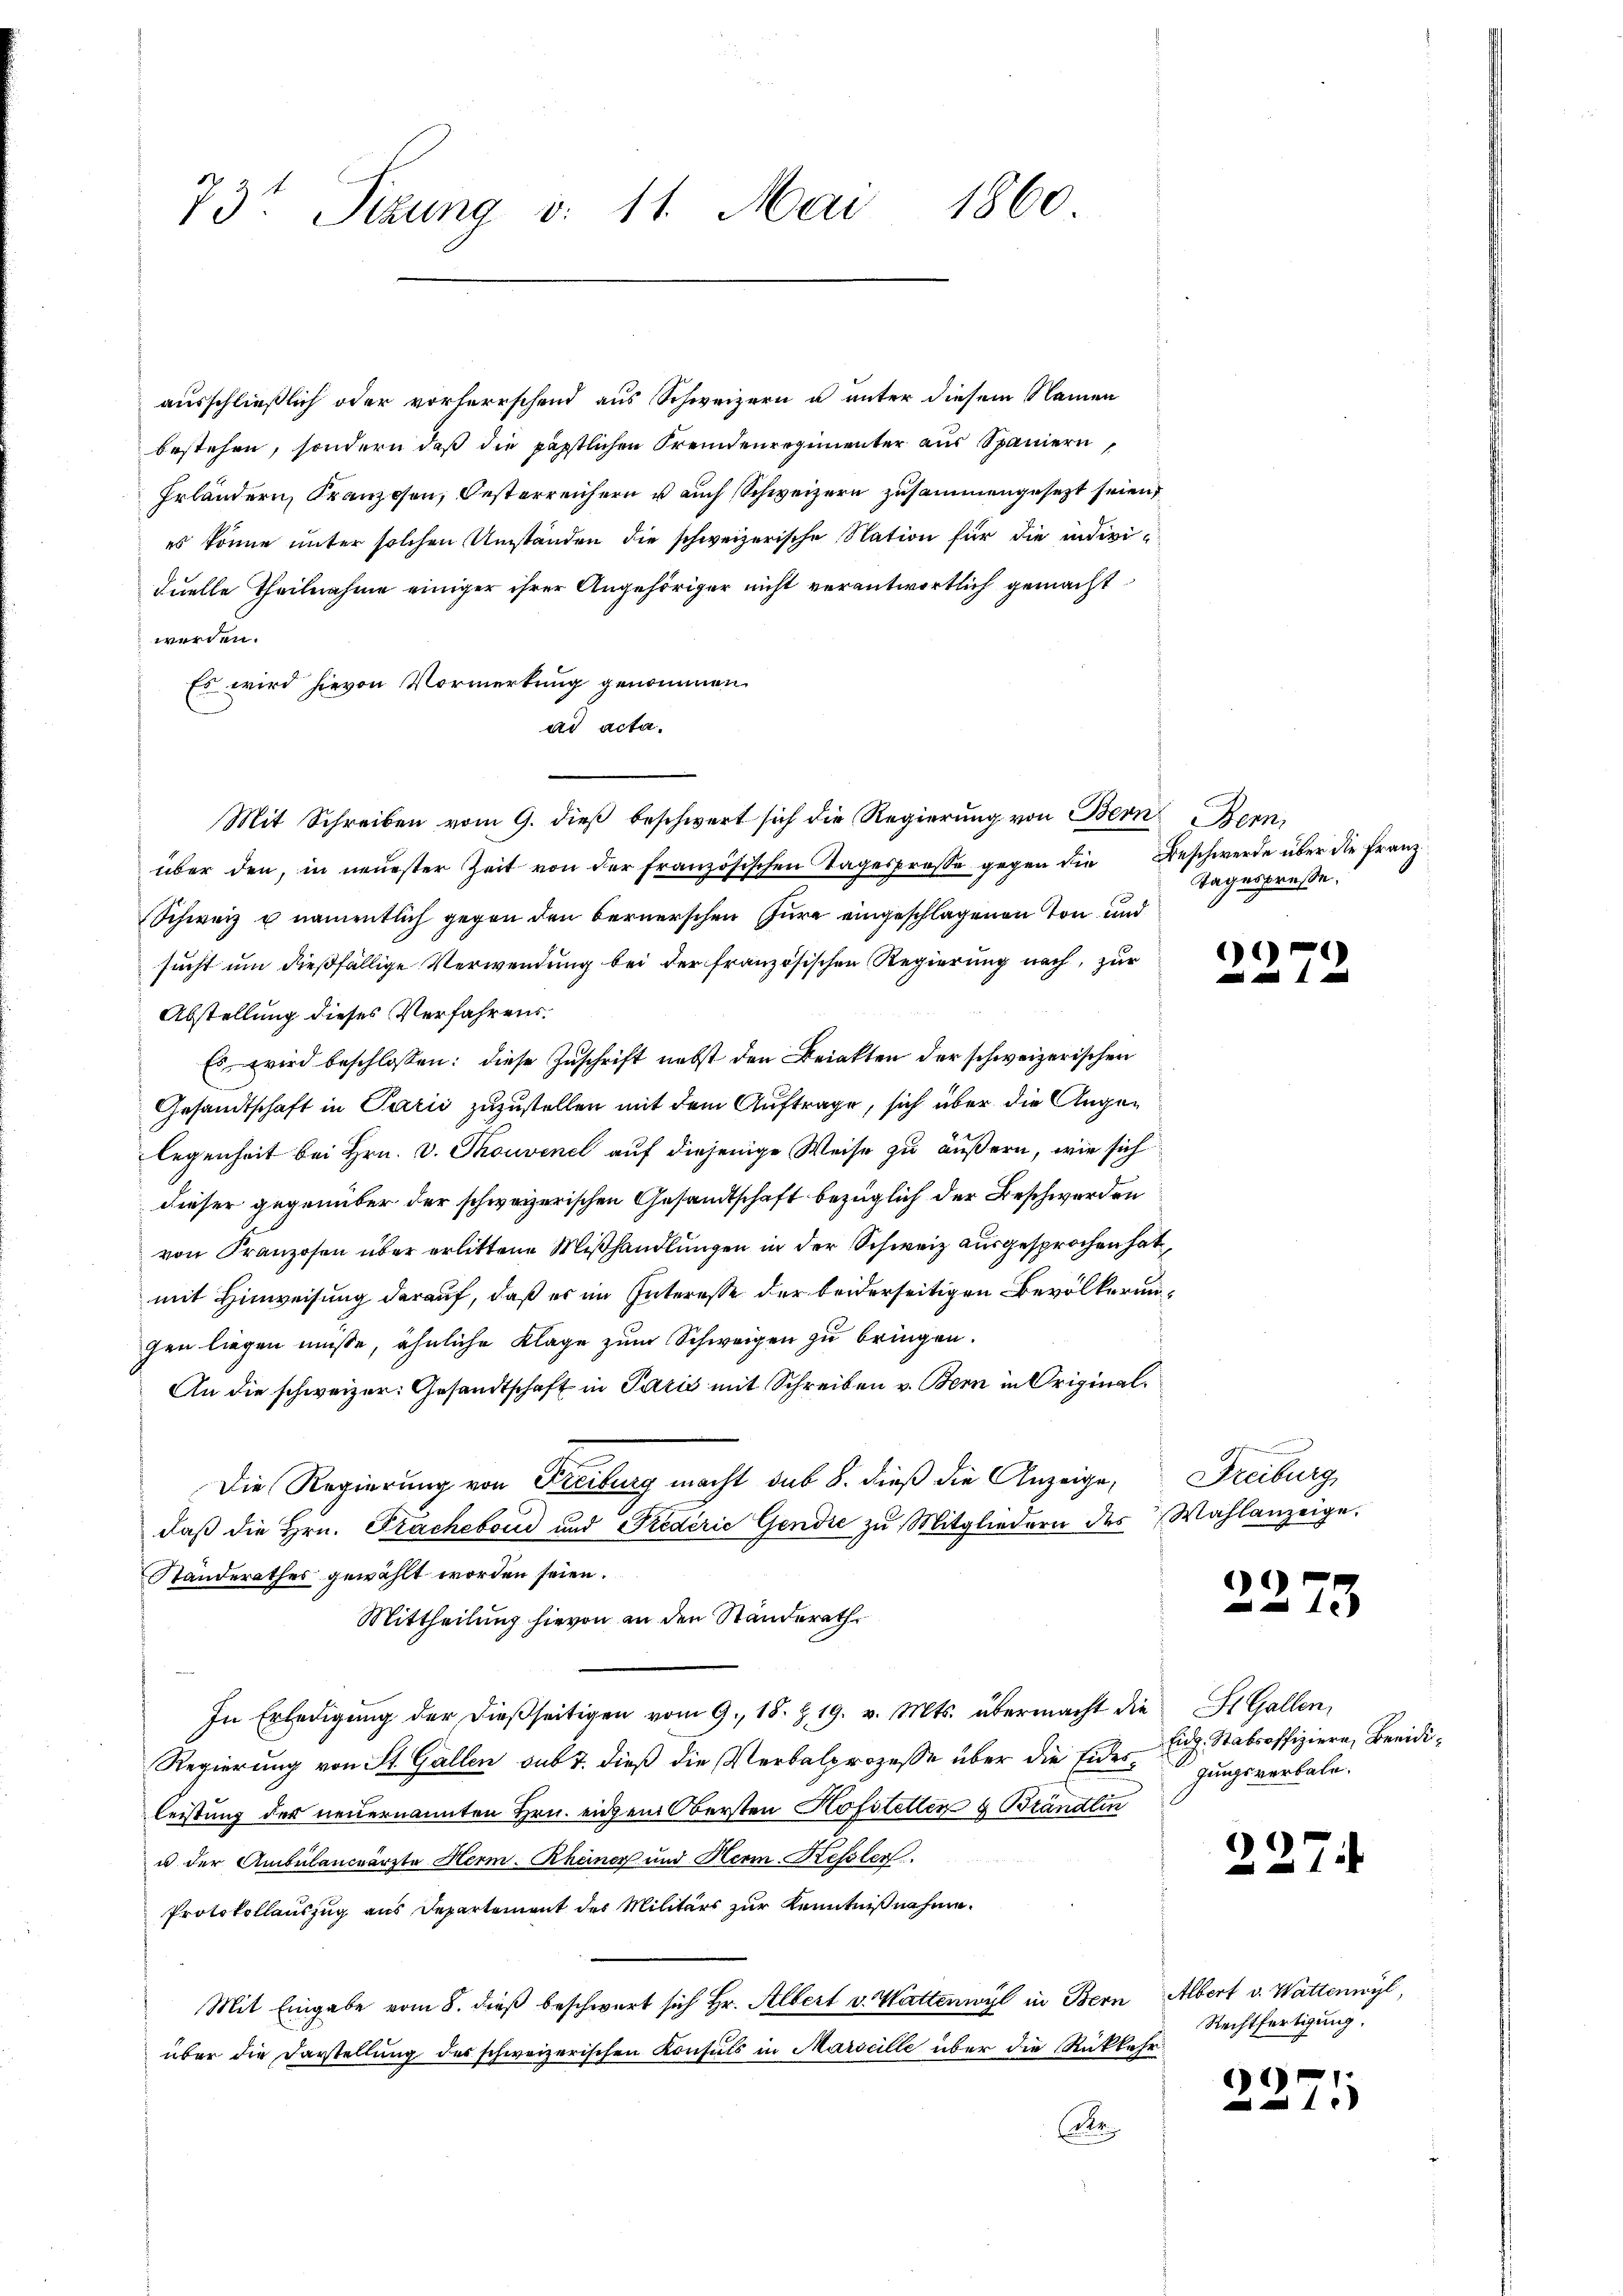
73t Sitzung v. 11. Mai 1860

ausschließlich oder vorherrschend aus Schweizern u unter diesem Namen
bestehen, sondern daß die päpstlichen Fremdenregimenter aus Spaniern,
Erländern, Franzosen, Oesterreichern u auch Schweizern zusammengesetzt seien
es könne unter solchen Umständen die schweizerische Nation für die individuelle Theilnahme einiger ihrer Angehöriger nicht verantwortlich gemacht
werden.
Es wird hievon Vormerkung genommen.
ad acta.
Mit Schreiben vom 9. dieß beschwert sich die Regierung von Bern Bern,
über den, in neuester Zeit von der französischen Tagesprosse gegen die Beschwerde über die Franz
Schweiz u namentlich gegen den bernerschen Jure eingeschlagenen Ton und
sucht um dießfällige Verwendung bei der französischen Regierung nach, zur
Abstellung dieses Verfahrens.
Es wird beschlossen: diese Zuschrift nebst den Beinkten der schweizerischen
Gesandtschaft in Parii zuzustellen mit dem Auftrage, sich über die Angelegenheit bei Hrn. v. Thouvenel auf diejenige Weise zu äußern, wie sich
dieser gegenüber der schweizerischen Gesandtschaft bezüglich der Beschwerden
von Franzosen über erlittene Mißhandlungen in der Schweiz ausgesprochen hat
mit Hinweisung darauf, daß es im Interesse der beiderseitigen Bevölkerungen liegen müsse, ähnliche Klage zum Schweigen zu bringen.
An die schweizer: Gesandtschaft in Paris mit Schreiben v. Bern in Original¬
Die Regierung von Freiburg macht sub 8. dieß die Anzeige,
daß die Hrn. Fracheboud und Prederie Gendie zu Mitgliedern des Wahlanzeige.
Standerathes gewählt worden seien.
Mittheilung hievon an den Ständerath
In Erledigŭng der dießseitigen vom 9. 18. Z. 19. v. Mts. übermacht die St. Gallen,
Regierung von St. Gallen sub 2. dieß die Verbalprozesse über die Eidesleistung der neuernannten Hrn. einem Obersten Hofstellen & Brändlin
u der Ambulanceärzte Herm. Rheiner und Herm Kessler
Protokollauszug aus Departement des Militärs zur Kenntnißnahme.
Mit Eingabe vom 8. dieß beschwert sich Hr. Albert v. Wattenwyl in Bern
über die Darstellung des schweizerischen Konsuls in Marseille über die Rückkehr
Re

Tagespresse.

5

)

Freiburg

.
e

Eidg. Stabsoffiziere, Beeidigungsverbale.

227.

Albert v. Wattenwyl,
Rechtfertigung.

)